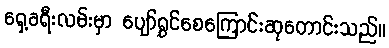
ရှေ့ခရီးလမ်းမှာ ပျော်ရွှင်စေကြောင်းဆုတောင်းသည်။